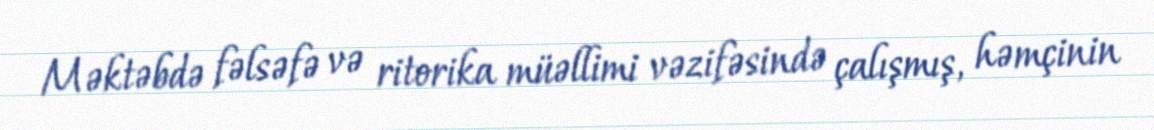
Məktəbdə fəlsəfə və ritorika müəllimi vəzifəsində çalışmış, həmçinin